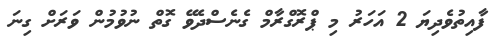
ފާއިތުވެދިޔަ 2 އަހަރު މި ޕްރޮގްރާމް ގެނެސްދެވޭ ގޮތް ނުވުމުން ވަރަށް ގިނަ